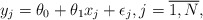
\begin{align*} y_j=\theta_0 + \theta_1x_j+ \epsilon_j, j = \overline{1,N},\end{align*}